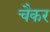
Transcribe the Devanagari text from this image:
चैकर